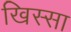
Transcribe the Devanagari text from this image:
खिस्‍सा